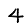
Digit: 4